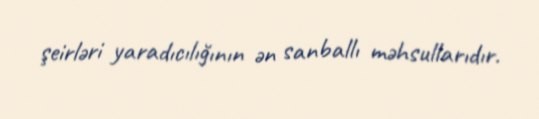
şeirləri yaradıcılığının ən sanballı məhsullarıdır.